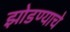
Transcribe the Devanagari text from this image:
झोडण्याचे